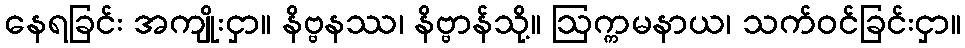
နေရခြင်း အကျိုးငှာ။ နိဗ္ဗနဿ၊ နိဗ္ဗာန်သို့။ ဩက္ကမနာယ၊ သက်ဝင်ခြင်းငှာ။